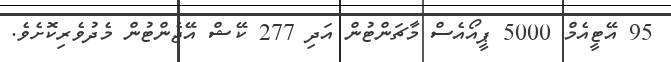
95 އޭޓީއެމް 5000 ޕީއޯއެސް މާޗަންޓުން އަދި 277 ކޭޝް އޭޖެންޓުން މެދުވެރިކޮށެވެ.